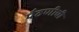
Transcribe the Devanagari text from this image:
पैठणीची